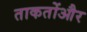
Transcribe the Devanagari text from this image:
ताकतोंऔर